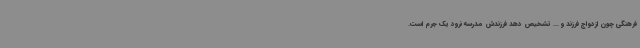
فرهنگی چون ازدواج فرزند و ... تشخیص دهد فرزندش مدرسه نرود یک جرم است.